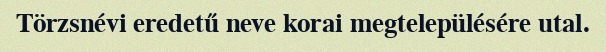
Törzsnévi eredetű neve korai megtelepülésére utal.